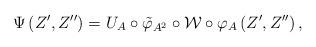
LaTeX: \begin{align*}\Psi\left(Z',Z''\right)=U_{A}\circ \tilde{\varphi}_{A^{2}} \circ \mathcal{W} \circ \varphi_{A}\left(Z',Z''\right),\end{align*}